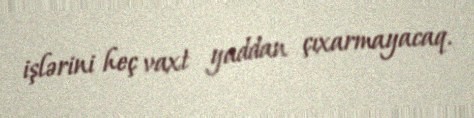
işlərini heç vaxt yaddan çıxarmayacaq.